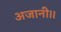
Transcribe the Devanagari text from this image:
अजानी।।